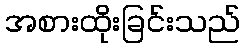
အစားထိုးခြင်းသည်